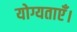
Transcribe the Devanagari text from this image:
योग्यताएँ।